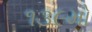
૧૩૯મો